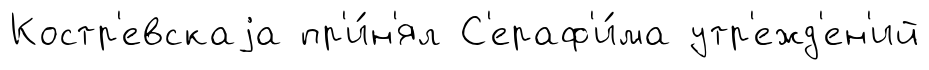
Костр'евскаjа пр'и́н'ял С'ераф'и́ма утр'ежд'ен'ий